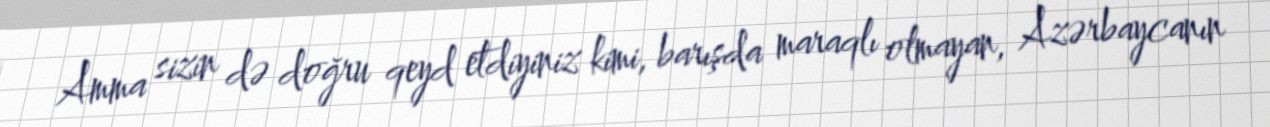
Amma sizin də doğru qeyd etdiyiniz kimi, barışda maraqlı olmayan, Azərbaycanın